Indian journal of veterinary science and animal husbandry - Volume 4,
Year: 1934
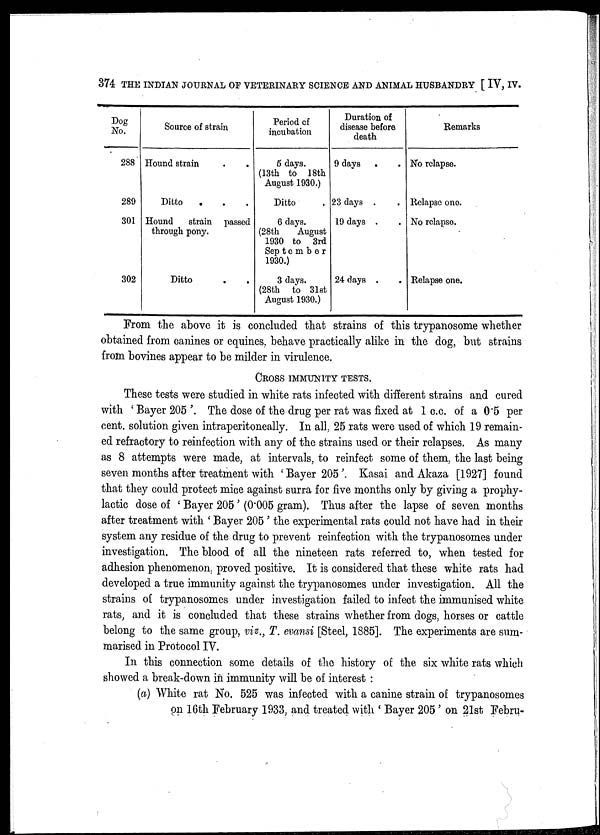
374 THE INDIAN JOURNAL OF VETERINARY SCIENCE AND ANIMAL HUSBANDRY [ IV, IV.
Dog
No.
288
289
301
302
Source of strain
Hound strain . .
Ditto. . .
Hound
strain passed
through pony.
Ditto
Period of
incubation
5 days.
(13th to 18th
August 1930.)
Ditto .
6 days.
(28th
August
1930 to 3rd
September
1930.)
3 days.
(28th to 31st
August 1930.)
Duration of
disease before
death
9 days . .
23 days . .
19 days . .
24 days . .
Remarks
No relapse.
Relapse one.
No relapse.
Relapse one.
From the above it is concluded that strains of this trypanosome whether
obtained from canines or equines, behave practically alike in the dog, but strains
from bovines appear to be milder in virulence.
CROSS IMMUNITY TESTS.
These tests were studied in white rats infected with different strains and cured
with ' Bayer 205 '. The dose of the drug per rat was fixed at 1 c.c. of a 0.5 per
cent. solution given intraperitoneally. In all, 25 rats were used of which 19 remain-
ed refractory to reinfection with any of the strains used or their relapses. As many
as 8 attempts were made, at intervals, to reinfect some of them, the last being
seven months after treatment with ' Bayer 205 ' Kasai and Akaza [1927] found
that they could protect mice against surra for five months only by giving a prophy-
lactic dose of ' Bayer 205 ' (0.005 gram). Thus after the lapse of seven months
after treatment with ' Bayer 205 ' the experimental rats could not have had in their
system any residue of the drug to prevent reinfection with the trypanosomes under
investigation. The blood of all the nineteen rats referred to, when tested for
adhesion phenomenon, proved positive. It is considered that these white rats had
developed a true immunity against the trypanosomes under investigation. All the
strains of trypanosomes under investigation failed to infect the immunised white
rats, and it is concluded that these strains whether from dogs, horses or cattle
belong to the same group, viz., T. evansi [Steel, 1885]. The experiments are sum-
marised in Protocol IV.
In this connection some details of the history of the six white rats which
showed a break-down in immunity will be of interest :
(a) White rat No. 525 was infected with a canine strain of trypanosomes
on 16th February 1933, and treated with ' Bayer 205' on 21st Febru¬